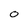
Character: 0